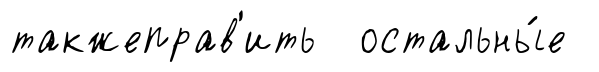
такжеправ'ить остальны́е